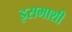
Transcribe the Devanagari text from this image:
इसमाशी